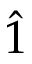
\hat { 1 }